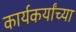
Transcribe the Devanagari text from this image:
कार्यकर्यांच्या